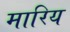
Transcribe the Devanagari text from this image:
मारिय